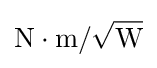
{\text{N}}{}\cdot {}{\text{m}}/{\sqrt {\text{W}}}